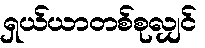
ရှယ်ယာတစ်စုလျှင်